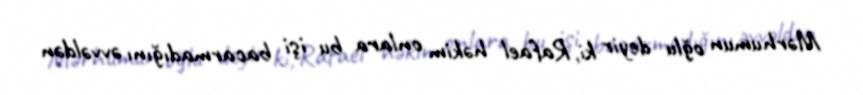
Mərhumun oğlu deyir ki, Rafael həkim onlara bu işi bacarmadığını əvvəldən